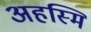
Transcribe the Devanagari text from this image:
अहस्मि